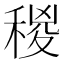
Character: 稯